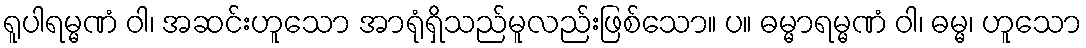
ရူပါရမ္မဏံ ဝါ၊ အဆင်းဟူသော အာရုံရှိသည်မူလည်းဖြစ်သော။ ပ။ ဓမ္မာရမ္မဏံ ဝါ၊ ဓမ္မ၊ ဟူသော